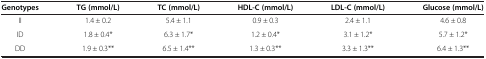
| Genotypes | TG (mmol/L) | TC (mmol/L) | HDL-C (mmol/L) | LDL-C (mmol/L) | Glucose (mmol/L) |
 | --- | --- | --- | --- | --- | --- |
 | II | 1.4 ± 0.2 | 5.4 ± 1.1 | 0.9 ± 0.3 | 2.4 ± 1.1 | 4.6 ± 0.8 |
 | ID | 1.8 ± 0.4* | 6.3 ± 1.7* | 1.2 ± 0.4* | 3.1 ± 1.2* | 5.7 ± 1.2* |
 | DD | 1.9 ± 0.3** | 6.5 ± 1.4** | 1.3 ± 0.3** | 3.3 ± 1.3** | 6.4 ± 1.3** |